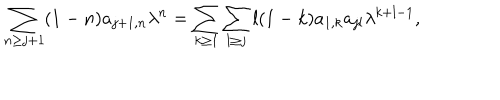
LaTeX: \sum _ { n \geq j + 1 } ( 1 - n ) a _ { j + 1 , n } \lambda ^ { n } = \sum _ { k \geq 1 } \sum _ { l \geq j } l ( 1 - k ) a _ { 1 , k } a _ { j l } \lambda ^ { k + l - 1 } ,